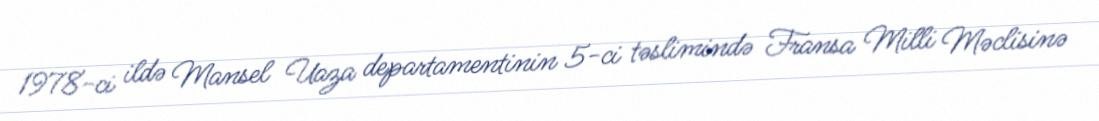
1978-ci ildə Mansel Uaza departamentinin 5-ci təslimində Fransa Milli Məclisinə